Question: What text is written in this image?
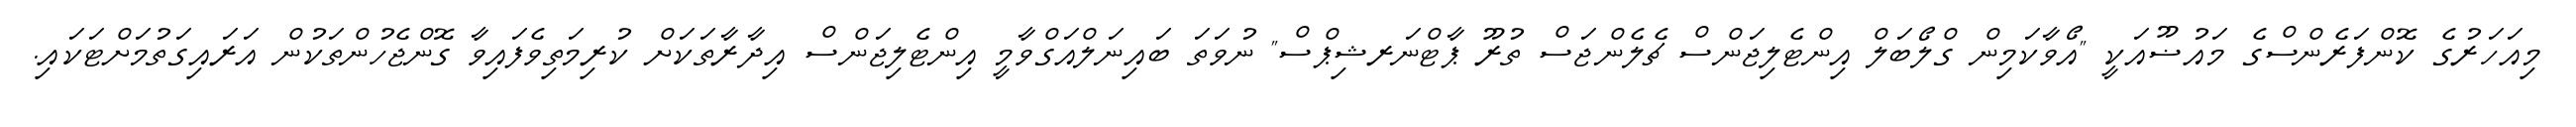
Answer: މިއަހަރުގެ ކޮންފަރެންސްގެ މައުޟޫއަކީ "އޯވާކަމިން ގްލޯބަލް އިންޓެލިޖަންސް ޗެލެންޖަސް ތުރޫ ޕާޓްނަރޝިޕްސް" ނުވަތަ ބައިނަލްއަގްވާމީ އިންޓެލިޖަންސް އިދާރާތަކަށް ކުރިމަތިވެފައިވާ ގޮންޖެހުންތަކުން އަރައިގަތުމަށްޓަކައި.